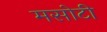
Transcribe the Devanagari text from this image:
मसोटी